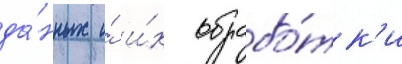
да́нных и́ и́х обрабо́тк'и